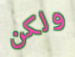
ولكن